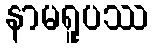
နာမရူပဿ